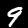
Digit: 9